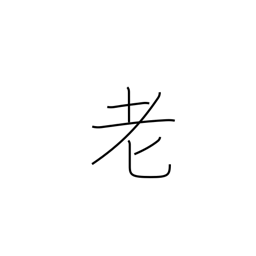
Meaning: grow old